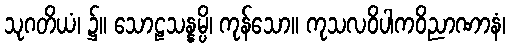
သုဂတိယံ၊ ၌။ သောဠသန္နမ္ပိ၊ ကုန်သော။ ကုသလဝိပါကဝိညာဏာနံ၊